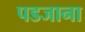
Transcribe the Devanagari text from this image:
पडजाना